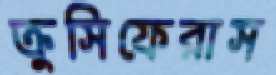
ক্রুসিফেরাস